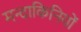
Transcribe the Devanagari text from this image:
मन्दाकिनियों